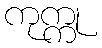
ကုက္ကု